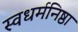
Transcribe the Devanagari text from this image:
स्वधर्मनिष्ठा